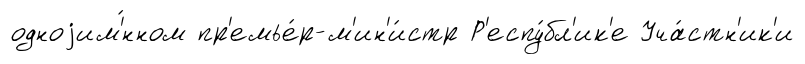
одноjим'́нном пр'емье́р-м'ин'и́стр Р'еспу́бл'ик'е Уча́стн'ик'и